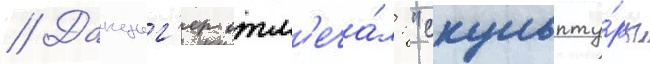
// Данциг'ер отм'еча́л: "скульпту́ры